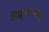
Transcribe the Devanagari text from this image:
विद्युच्छचालित